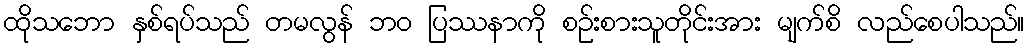
ထိုသဘော နှစ်ရပ်သည် တမလွန် ဘဝ ပြဿနာကို စဉ်းစားသူတိုင်းအား မျက်စိ လည်စေပါသည်။